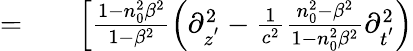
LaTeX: \begin{array}{rlr}{=}&{{}}&{\left[\frac{1-n_{0}^{2}\beta^{2}}{1-\beta^{2}}\left(\partial_{z^{'}}^{2}-\frac{1}{c^{2}}\frac{n_{0}^{2}-\beta^{2}}{1-n_{0}^{2}\beta^{2}}\partial_{t^{'}}^{2}\right)\right.}\end{array}